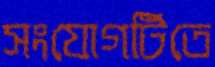
সংযোগটিতে